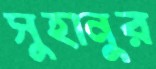
সুহানুর